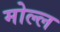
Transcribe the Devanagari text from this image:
मोल्ल